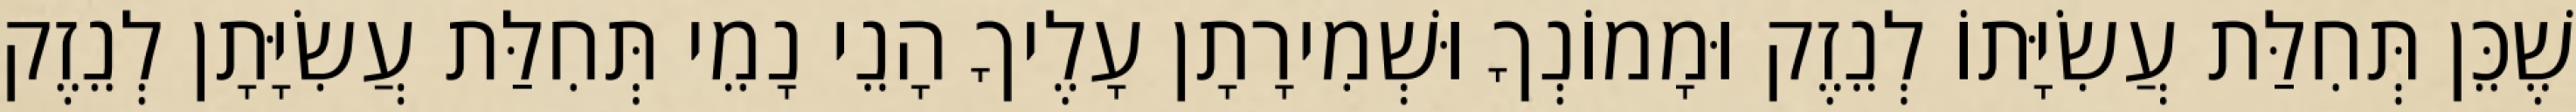
שֶׁכֵּן תְּחִלַּת עֲשִׂיָּתוֹ לְנֵזֶק וּמָמוֹנְךָ וּשְׁמִירָתָן עָלֶיךָ הָנֵי נָמֵי תְּחִלַּת עֲשִׂיָּתָן לְנֵזֶק